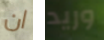
ان وريد